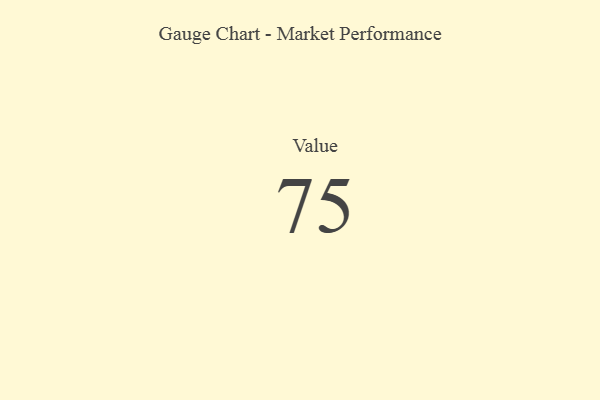
{"axis": {"x": "Metric", "y": "Value"}, "legend": [""], "data": [{"x": "Value", "y": 75, "type": ""}]}